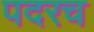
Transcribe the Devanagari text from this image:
पदरच